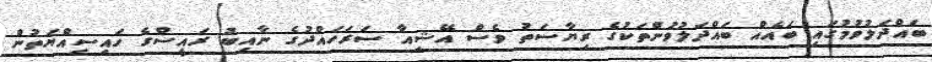
ބައްދަލުވުމުގައި ބައެއް ބައްދަލުވުންތަކުގެ ރިޔާސަތު ވެސް އޭޝިއާ ސަރަހައްދުގެ ނާއިބު ރައީސްގެ ހައިސިއްޔަތުން